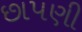
છાપણી